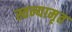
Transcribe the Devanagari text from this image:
स्तन्यामृत